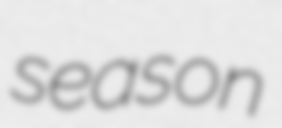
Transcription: season